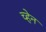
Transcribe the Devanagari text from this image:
च्हेन